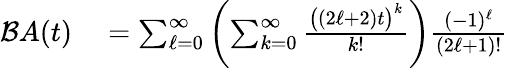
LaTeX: \begin{array}{rl}{{\mathcal{B}}A(t)}&{{}=\sum_{\ell=0}^{\infty}\left(\sum_{k=0}^{\infty}{\frac{{\big(}(2\ell+2)t{\big)}^{k}}{k!}}\right){\frac{(-1)^{\ell}}{(2\ell+1)!}}}\end{array}